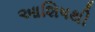
આશિષથી